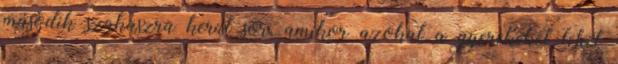
második szakaszra kerül sor, amikor azokat a gyerekeket lehet